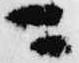
ニ